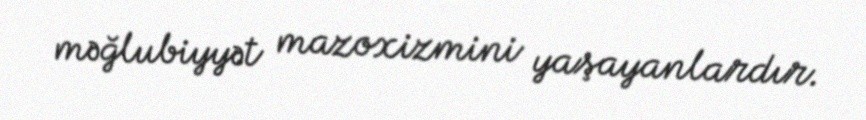
məğlubiyyət mazoxizmini yaşayanlardır.